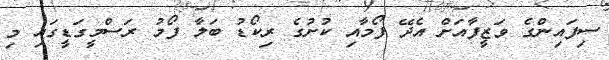
ސިފައިންގެ ވަޒީފާއަށް އެދޭ ފޯމާއި ކުށުގެ ރިކޯޑު ބަލާ ފޯމު ރަސްމީގަޑީގައި މި